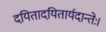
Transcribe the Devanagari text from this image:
दयितादयितार्यदान्तेः।